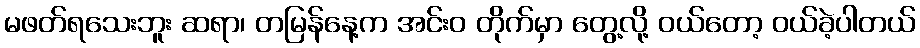
မဖတ်ရသေးဘူး ဆရာ၊ တမြန်နေ့က အင်းဝ တိုက်မှာ တွေ့လို့ ဝယ်တော့ ဝယ်ခဲ့ပါတယ်